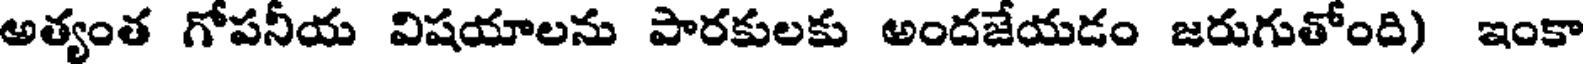
అత్యంత గోపనీయ విషయాలను పారకులకు అందజేయడం జరుగుతోంది) ఇంకా